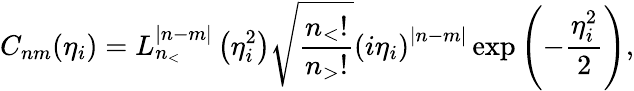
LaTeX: C_{nm}(\eta_{i})=L_{n_{<}}^{|n-m|}\left(\eta_{i}^{2}\right)\sqrt{\frac{n_{<}!}{n_{>}!}}\left(i\eta_{i}\right)^{|n-m|}\exp\left(-\frac{\eta_{i}^{2}}{2}\right),